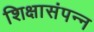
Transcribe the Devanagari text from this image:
शिक्षासंपन्न